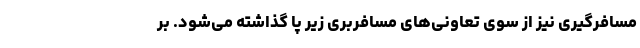
مسافرگیری نیز از سوی تعاونی‌های مسافربری زیر پا گذاشته می‌شود. بر